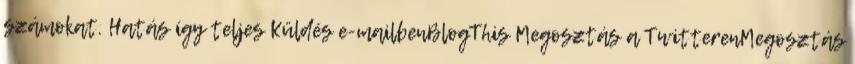
számokat. Hatás így teljes Küldés e-mailbenBlogThis Megosztás a TwitterenMegosztás